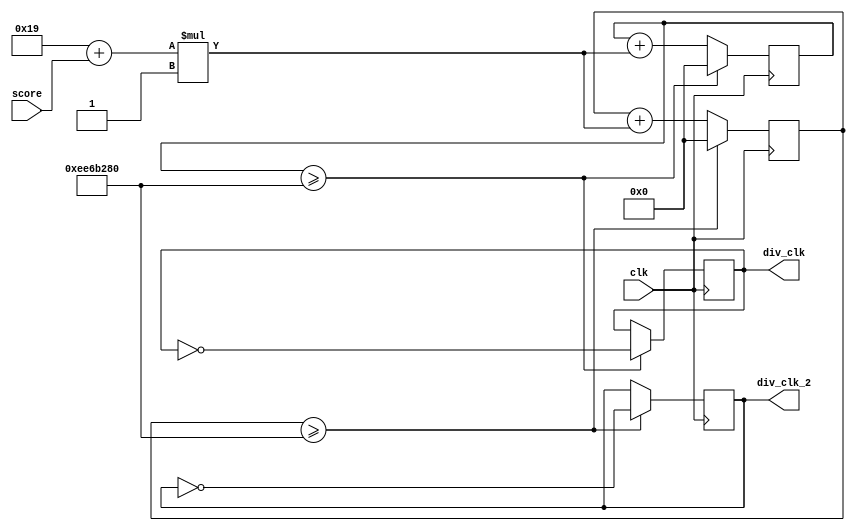
`define TimeConst 7'd25
`define TimeExpire `TimeConst*32'd10000000 //(TimeExpire+1)*2

module clk_div_3(clk,div_clk,div_clk_2,score);
input clk;
input wire [3:0]score;
output reg div_clk;
output reg div_clk_2;

reg [31:0]count;
reg [31:0]count_2=`TimeConst-10000;

always@(posedge clk) begin
        if(count >= `TimeExpire)begin
            count <= 32'd0;
            div_clk <= ~div_clk;
        end
        else begin
            count <= count + (`TimeConst+score)*32'd1;	//TimeExpire/(1+snakelen/TimeConst)
        end
		  
        if(count_2 >= `TimeExpire)begin
            count_2 <= 32'd0;
            div_clk_2 <= ~div_clk_2;
        end
        else begin
            count_2 <= count_2 + (`TimeConst+score)*32'd1;	//TimeExpire/(1+snakelen/TimeConst)
        end
end

endmodule